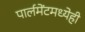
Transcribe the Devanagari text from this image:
पार्लमेंटमध्येही